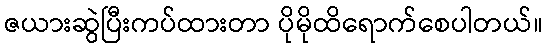
ဇယားဆွဲပြီးကပ်ထားတာ ပိုမိုထိရောက်စေပါတယ်။